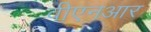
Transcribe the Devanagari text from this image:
वीएनआर